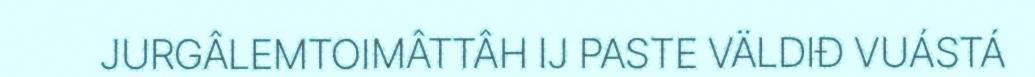
JURGÂLEMTOIMÂTTÂH IJ PASTE VÄLDIĐ VUÁSTÁ